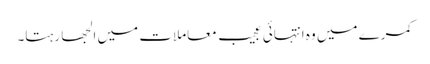
کمرے میں وہ انتہائی عجیب معاملات میں الجھا رہتا۔